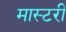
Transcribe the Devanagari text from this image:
मास्‍टरी